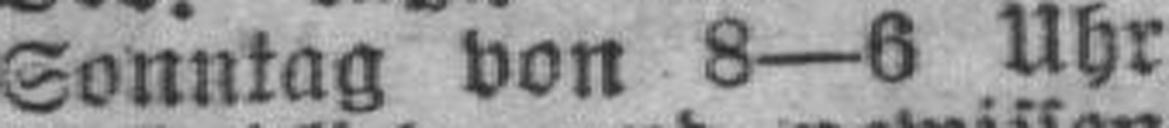
Sonntag von 8—6 Uhr